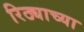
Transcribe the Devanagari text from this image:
रिठ्याच्या